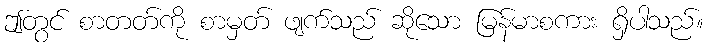
ဤတွင် စာတတ်ကို စာမှတ် ဖျက်သည် ဆိုသော မြန်မာစကား ရှိပါသည်။